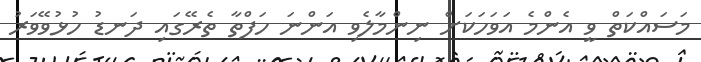
މަސައްކަތް ވީ އެންމެ އަވަހަކަށް ނިންމާލެވި އަންނަ ހަފްތާ ތެރޭގައި ދަނޑު ހުޅުވޭވަރު